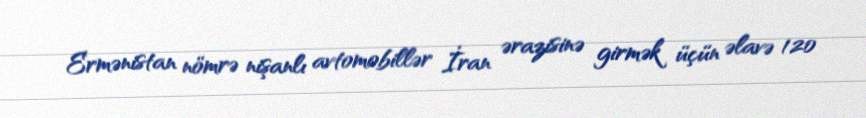
Ermənistan nömrə nişanlı avtomobillər İran ərazisinə girmək üçün əlavə 120